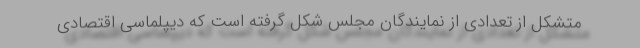
متشکل از تعدادی از نمایندگان مجلس شکل گرفته است که دیپلماسی اقتصادی